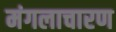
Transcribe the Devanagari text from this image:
मंगलाचारण